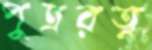
পুত্ররত্ন